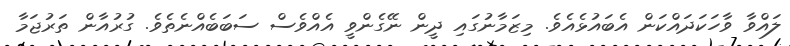
ލައްވާ ވާހަކަދައްކަން އެބައުޅެއެވެ. މިޒަމާނުގައި ދީން ނޭގެންވީ އެއްވެސް ސަބަބެއްނެތެވެ. ގުރުއާން ތަރުޖަމާ